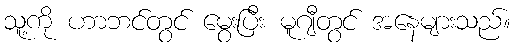
သူ့ကို ဟာဘင်တွင် မွေးပြီး မူဂျီတွင် အနေများသည်။